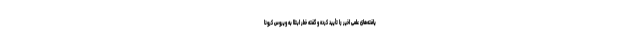
یافته‌های علمی اخیر را تأیید کرده و گفته خطر ابتلا به ویروس کرونا